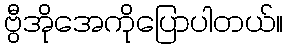
ဗွီအိုအေကိုပြောပါတယ်။